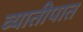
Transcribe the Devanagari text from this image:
व्यातीपात